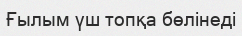
Ғылым үш топқа бөлінеді